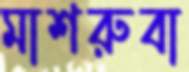
মাশরুবা